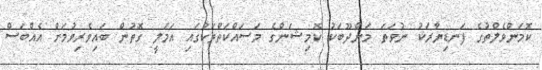
ކޮމަންވެލްތުގެ ފަނޑިޔާރަކު ނުވަތަ މަންދޫބަކު ކޮމިޝަންގެ މަސައްކަތްތަކުގައި އަމަލީ ގޮތުން ބައިވެރިވުމަށް އެއްބަސް